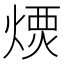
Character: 𤌪